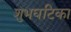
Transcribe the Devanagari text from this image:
शुभघटिका